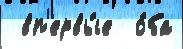
 вп'ервы́е  о́ба